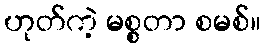
ဟုတ်ကဲ့ မစ္စတာ စမစ်။